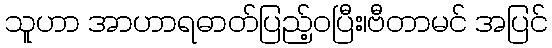
သူဟာ အာဟာရဓာတ်ပြည့်ဝပြီး၊ဗီတာမင် အပြင်